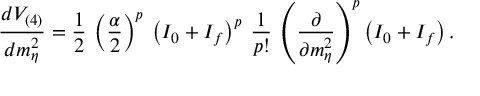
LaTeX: \frac { d V _ { ( 4 ) } } { d m _ { \eta } ^ { 2 } } = \frac { 1 } { 2 } \: \left( \frac { \alpha } { 2 } \right) ^ { p } \: \left( I _ { 0 } + I _ { f } \right) ^ { p } \: \frac { 1 } { p ! } \: \left( \frac { \partial } { \partial m _ { \eta } ^ { 2 } } \right) ^ { p } \left( I _ { 0 } + I _ { f } \right) .